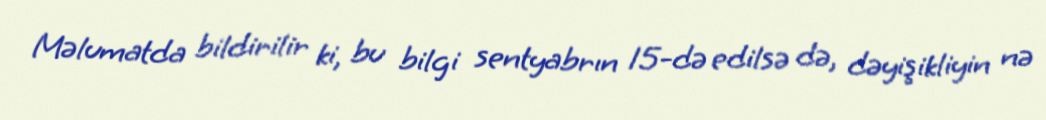
Məlumatda bildirilir ki, bu bilgi sentyabrın 15-də edilsə də, dəyişikliyin nə